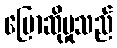
ပြောဆိုမှုသည်